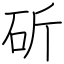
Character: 斫